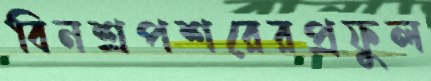
বিনশ্রপশরেরপ্রফুল